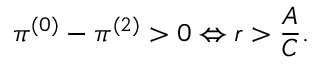
\pi ^ { ( 0 ) } - \pi ^ { ( 2 ) } > 0 \Leftrightarrow r > \frac { A } { C } .